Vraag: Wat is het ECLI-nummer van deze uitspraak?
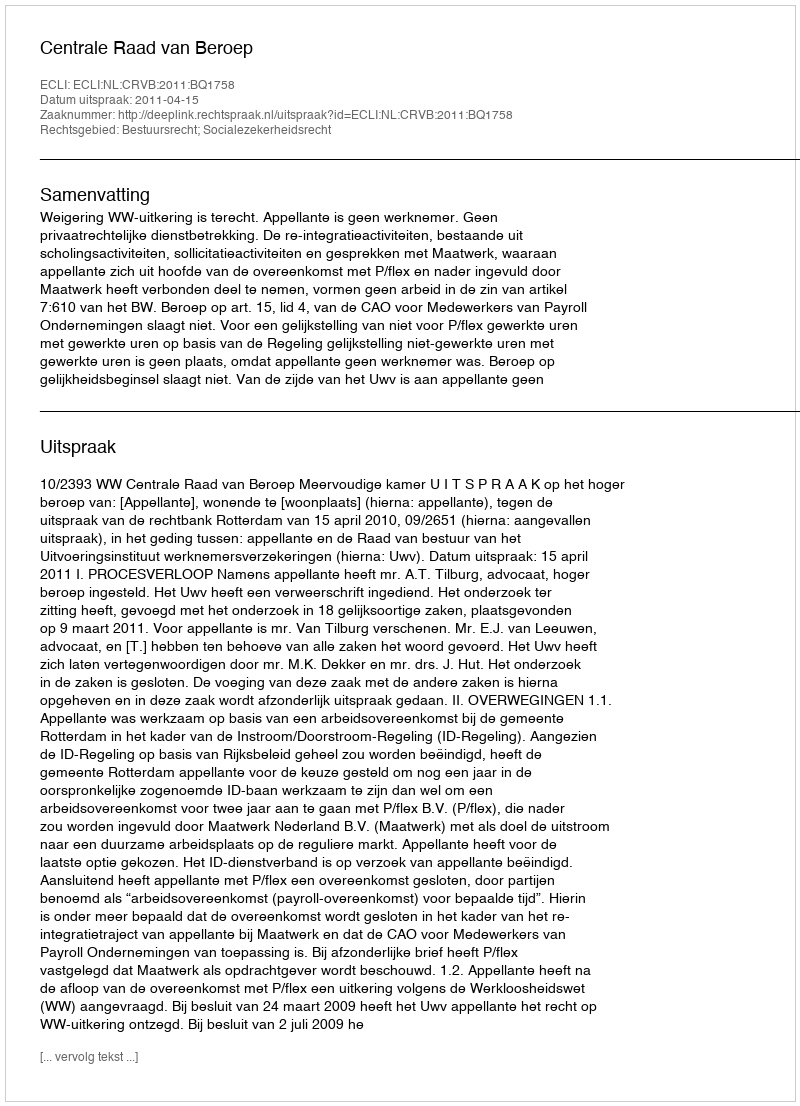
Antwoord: ECLI:NL:CRVB:2011:BQ1758